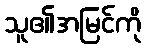
သူ၏အမြင်ကို